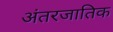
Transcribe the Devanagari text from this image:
अंतरजातिक